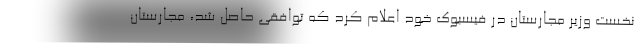
نخست وزیر مجارستان در فیسبوک خود اعلام کرد که توافقی حاصل شد، مجارستان